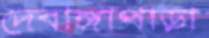
দেবাঙ্গাপাড়া